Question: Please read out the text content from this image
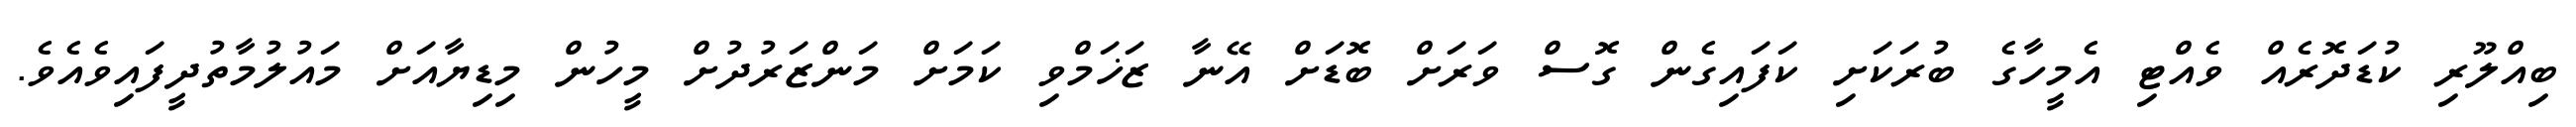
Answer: ބިއްލޫރި ކުޑަދޮރެއް ވެއްޓި އެމީހާގެ ބުރަކަށި ކަފައިގެން ގޮސް ވަރަށް ބޮޑަށް އޭނާ ޒަޚަމްވި ކަމަށް މަންޒަރުދުށް މީހުން މިޑިޔާއަށް މައުލުމާތުދީފައިވެއެވެ.